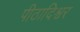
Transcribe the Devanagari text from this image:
पीठादिश्वर